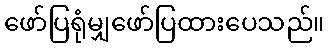
ဖော်ပြရုံမျှဖော်ပြထားပေသည်။